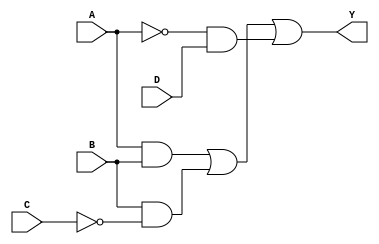
module SOP_simplified (
    input wire A,  // Input variable A
    input wire B,  // Input variable B
    input wire C,  // Input variable C
    input wire D,  // Input variable D
    output wire Y  // Output representing the simplified SOP expression
);

// Intermediate signals for product terms
wire AB;        // A AND B
wire B_not_C;   // B AND NOT C
wire A_not_D;   // NOT A AND D

// Implementing the product terms
assign AB = A & B;               // AND gate for A and B
assign B_not_C = B & ~C;         // AND gate for B and NOT C
assign A_not_D = ~A & D;         // AND gate for NOT A and D

// Final output Y - ORing the product terms
assign Y = AB | B_not_C | A_not_D; // OR gate for the final output

endmodule